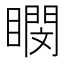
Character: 𪾽